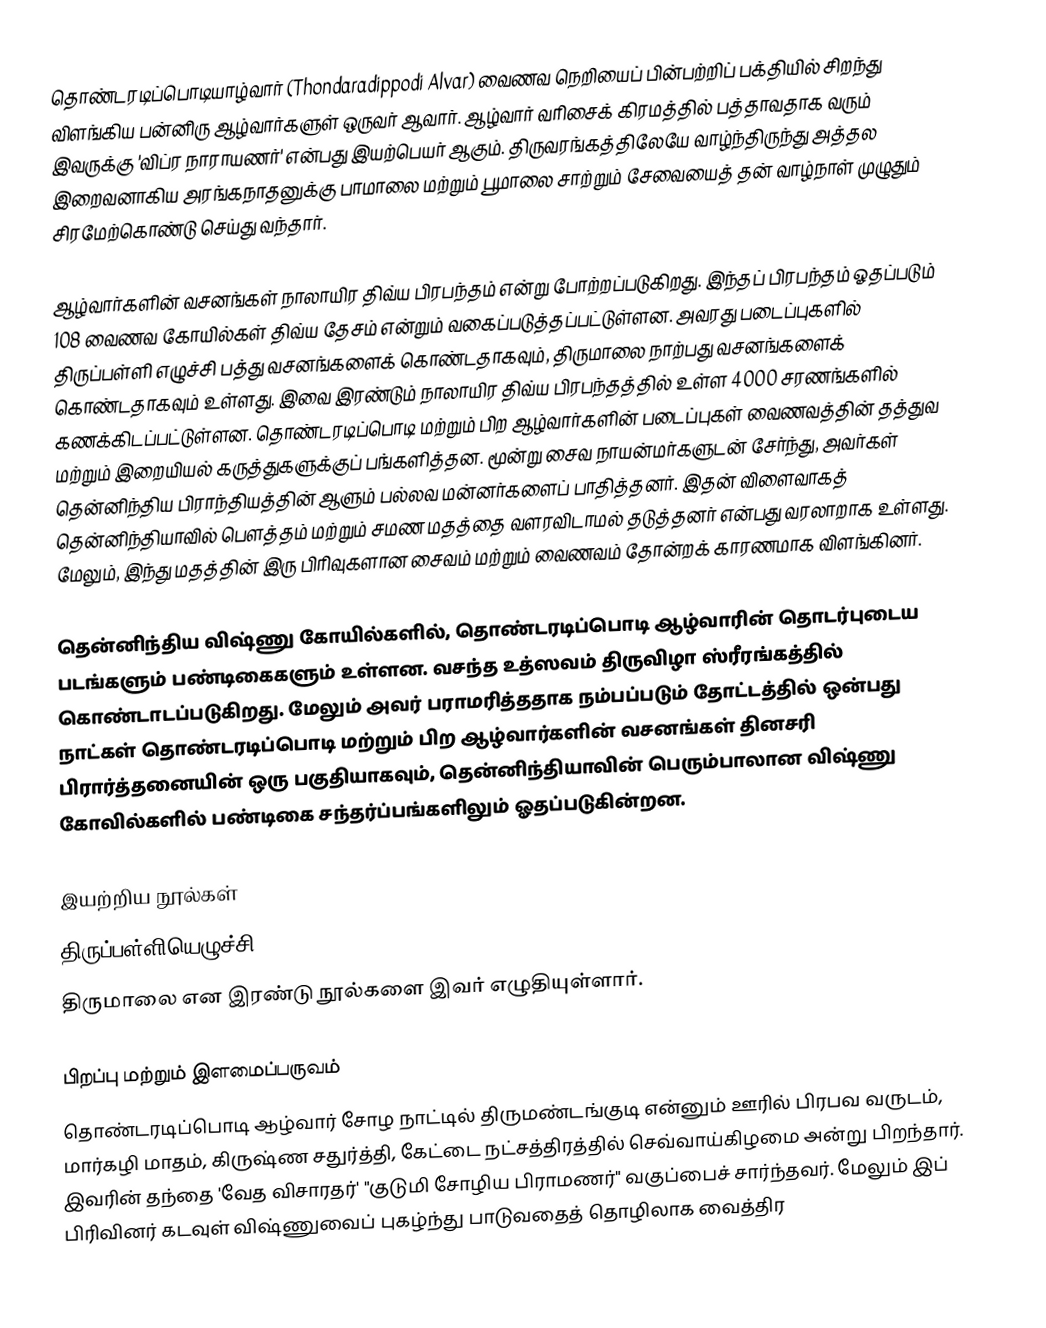
தொண்டரடிப்பொடியாழ்வார் (Thondaradippodi Alvar) வைணவ நெறியைப் பின்பற்றிப் பக்தியில் சிறந்து விளங்கிய பன்னிரு ஆழ்வார்களுள் ஒருவர் ஆவார். ஆழ்வார் வரிசைக் கிரமத்தில் பத்தாவதாக வரும் இவருக்கு 'விப்ர நாராயணர்' என்பது இயற்பெயர் ஆகும். திருவரங்கத்திலேயே வாழ்ந்திருந்து அத்தல இறைவனாகிய அரங்கநாதனுக்கு பாமாலை மற்றும் பூமாலை சாற்றும் சேவையைத் தன் வாழ்நாள் முழுதும் சிரமேற்கொண்டு செய்து வந்தார்.

ஆழ்வார்களின் வசனங்கள் நாலாயிர திவ்ய பிரபந்தம் என்று போற்றப்படுகிறது. இந்தப் பிரபந்தம் ஓதப்படும் 108 வைணவ கோயில்கள் திவ்ய தேசம் என்றும் வகைப்படுத்தப்பட்டுள்ளன. அவரது படைப்புகளில் திருப்பள்ளி எழுச்சி பத்து வசனங்களைக் கொண்டதாகவும், திருமாலை நாற்பது வசனங்களைக் கொண்டதாகவும் உள்ளது. இவை இரண்டும் நாலாயிர திவ்ய பிரபந்தத்தில் உள்ள 4000 சரணங்களில் கணக்கிடப்பட்டுள்ளன. தொண்டரடிப்பொடி மற்றும் பிற ஆழ்வார்களின் படைப்புகள் வைணவத்தின் தத்துவ மற்றும் இறையியல் கருத்துகளுக்குப் பங்களித்தன. மூன்று சைவ நாயன்மர்களுடன் சேர்ந்து, அவர்கள் தென்னிந்திய பிராந்தியத்தின் ஆளும் பல்லவ மன்னர்களைப் பாதித்தனர். இதன் விளைவாகத் தென்னிந்தியாவில் பௌத்தம் மற்றும் சமண மதத்தை வளரவிடாமல் தடுத்தனர் என்பது வரலாறாக உள்ளது. மேலும், இந்து மதத்தின் இரு பிரிவுகளான சைவம் மற்றும் வைணவம் தோன்றக் காரணமாக விளங்கினர்.

தென்னிந்திய விஷ்ணு கோயில்களில், தொண்டரடிப்பொடி ஆழ்வாரின் தொடர்புடைய படங்களும் பண்டிகைகளும் உள்ளன. வசந்த உத்ஸவம் திருவிழா ஸ்ரீரங்கத்தில் கொண்டாடப்படுகிறது. மேலும் அவர் பராமரித்ததாக நம்பப்படும் தோட்டத்தில் ஒன்பது நாட்கள் தொண்டரடிப்பொடி மற்றும் பிற ஆழ்வார்களின் வசனங்கள் தினசரி பிரார்த்தனையின் ஒரு பகுதியாகவும், தென்னிந்தியாவின் பெரும்பாலான விஷ்ணு கோவில்களில் பண்டிகை சந்தர்ப்பங்களிலும் ஓதப்படுகின்றன.

இயற்றிய நூல்கள்
    திருப்பள்ளியெழுச்சி
    திருமாலை என இரண்டு நூல்களை  இவர் எழுதியுள்ளார்.

பிறப்பு மற்றும் இளமைப்பருவம்
தொண்டரடிப்பொடி ஆழ்வார்  சோழ நாட்டில் திருமண்டங்குடி என்னும் ஊரில் பிரபவ வருடம், மார்கழி மாதம், கிருஷ்ண சதுர்த்தி, கேட்டை நட்சத்திரத்தில் செவ்வாய்கிழமை அன்று பிறந்தார். இவரின் தந்தை 'வேத விசாரதர்' "குடுமி சோழிய பிராமணர்" வகுப்பைச் சார்ந்தவர். மேலும் இப் பிரிவினர் கடவுள் விஷ்ணுவைப் புகழ்ந்து பாடுவதைத் தொழிலாக வைத்திர